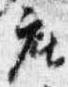
座